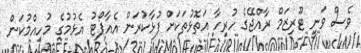
ވެސް ވަނީ ޓޫރިޒަމް ރާއްޖޭގެ ހުރިހާ އަތޮޅުތަކަށް ފުޅާކުރަން އެއާޕޯޓު އެޅުމުގެ މުހިއްމުކަން